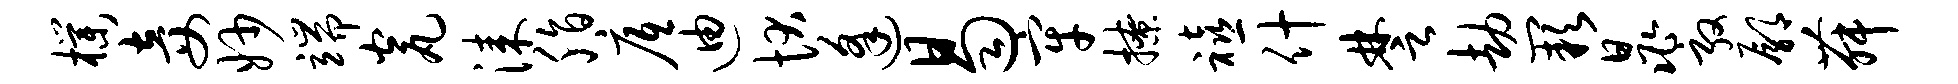
朴妾妙端瓮漆脂底迪状逢曷牢撩禧什楚劫缺晁敦鄢舞